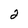
Character: 2